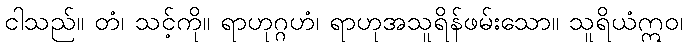
ငါသည်။ တံ၊ သင့်ကို။ ရာဟုဂ္ဂဟံ၊ ရာဟုအသူရိန်ဖမ်းသော။ သူရိယံဣဝ၊